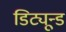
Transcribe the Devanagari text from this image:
डिट्यून्ड